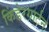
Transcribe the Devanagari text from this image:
किंडेरगार्टन